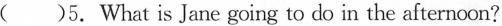
( )5.What is Jane going to do in the afternoon?